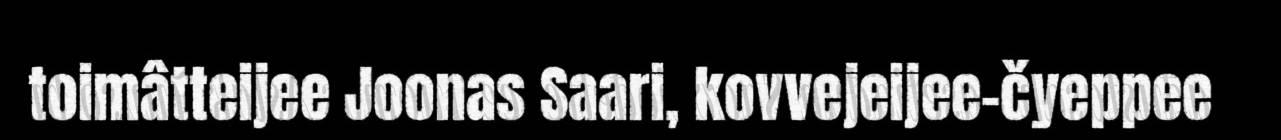
toimâtteijee Joonas Saari, kovvejeijee-čyeppee